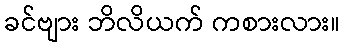
ခင်ဗျား ဘိလိယက် ကစားလား။